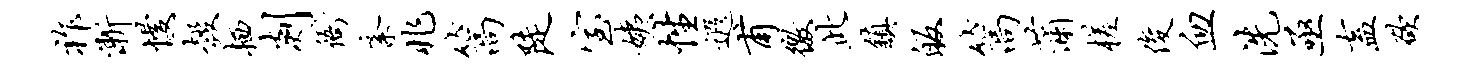
祚渐慢彀栖剡衙紊兆篙陡室姨性遐甫徼此镇皈篙蒲槎俊血洗亟盍欲